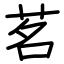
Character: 茗